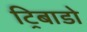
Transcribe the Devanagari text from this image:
ट्रिबाडो